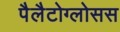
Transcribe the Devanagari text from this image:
पैलैटोग्लोसस